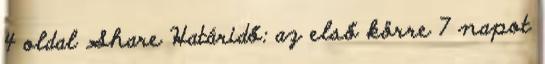
4 oldal Share Határidő: az első körre 7 napot